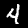
Digit: 4